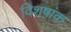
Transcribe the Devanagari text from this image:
विशषांक